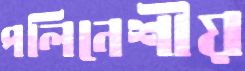
পলিনেশীয়